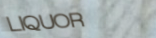
LIQUOR